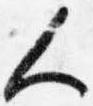
人